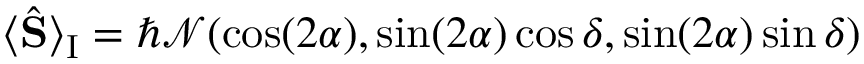
\langle \hat { \bf S } \rangle _ { \mathrm { I } } = \hbar { \mathcal N } ( \cos ( 2 \alpha ) , \sin ( 2 \alpha ) \cos \delta , \sin ( 2 \alpha ) \sin \delta )